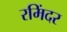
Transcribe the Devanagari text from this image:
रमिंदर